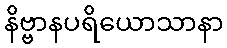
နိဗ္ဗာနပရိယောသာနာ